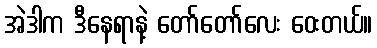
အဲဒါက ဒီနေရာနဲ့ တော်တော်လေး ဝေးတယ်။